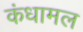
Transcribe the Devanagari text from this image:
कंधामल